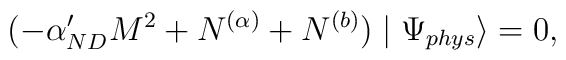
(-\alpha'_{ND}M^{2}+N^{(\alpha)}+N^{(b)})\mid\Psi_{phys}\rangle=0,